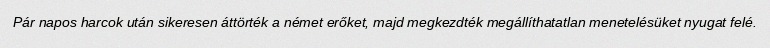
Pár napos harcok után sikeresen áttörték a német erőket, majd megkezdték megállíthatatlan menetelésüket nyugat felé.